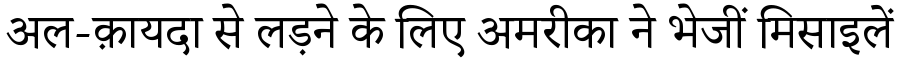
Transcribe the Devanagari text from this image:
अल-क़ायदा से लड़ने के लिए अमरीका ने भेजीं मिसाइलें